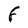
Character: F